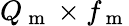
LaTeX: Q_{\mathrm{~m~}}\times f_{\mathrm{~m~}}